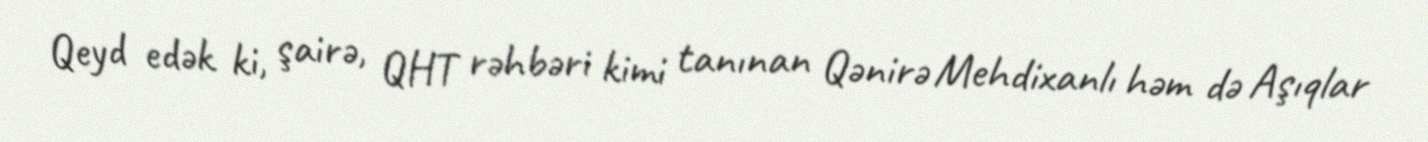
Qeyd edək ki, şairə, QHT rəhbəri kimi tanınan Qənirə Mehdixanlı həm də Aşıqlar